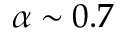
\alpha \sim 0 . 7